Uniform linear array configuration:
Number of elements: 32
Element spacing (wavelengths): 0.75
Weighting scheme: kaiser
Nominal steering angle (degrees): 30
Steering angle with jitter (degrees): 29.687
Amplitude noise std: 0.05
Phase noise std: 0.05

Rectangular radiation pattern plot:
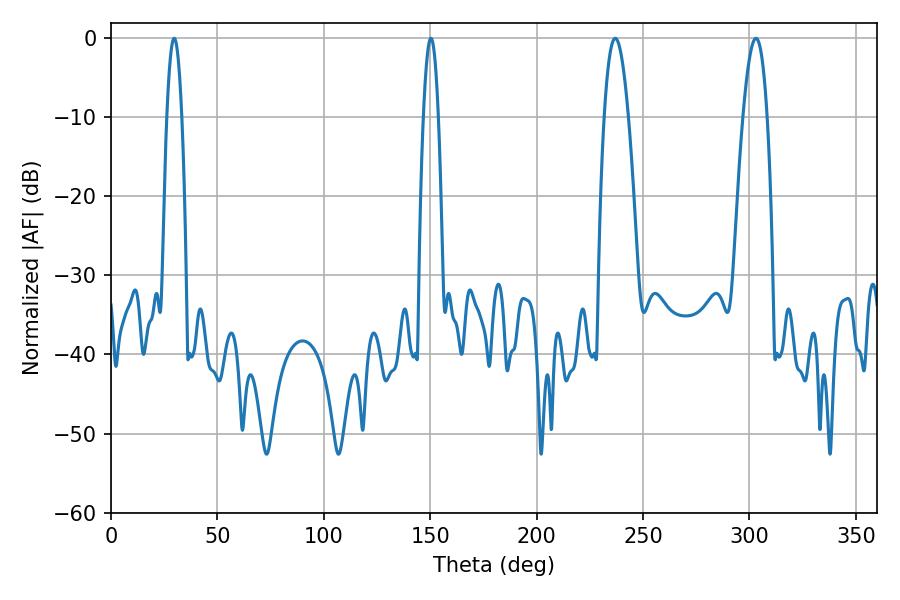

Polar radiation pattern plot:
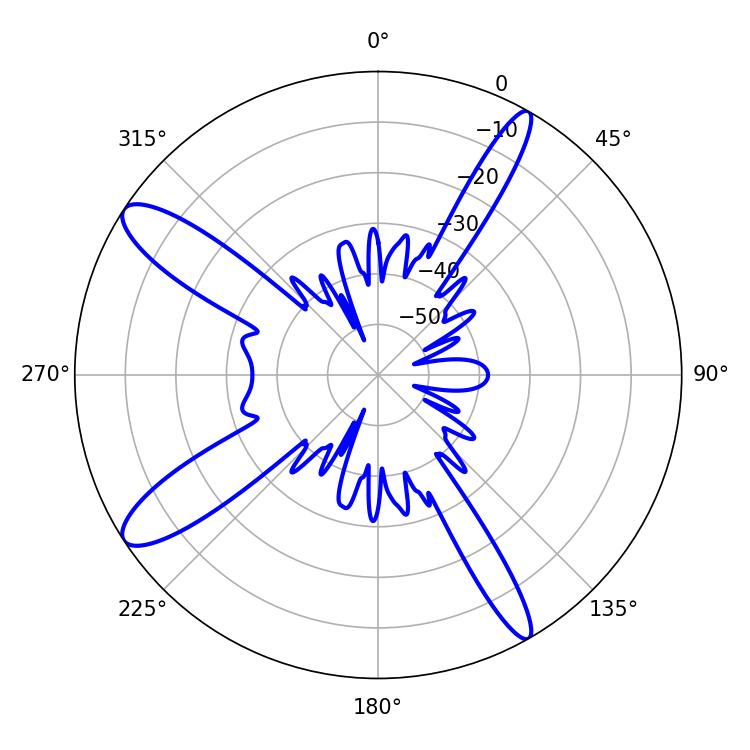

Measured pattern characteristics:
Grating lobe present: TRUE
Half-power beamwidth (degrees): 3.96
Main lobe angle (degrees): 29.7